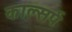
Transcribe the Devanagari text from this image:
काल्सर्प